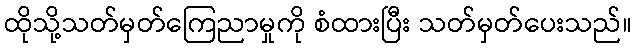
ထိုသို့သတ်မှတ်ကြေညာမှုကို စံထားပြီး သတ်မှတ်ပေးသည်။